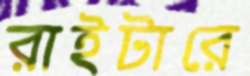
রাইটারে